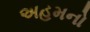
અહમનો